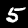
Digit: 5